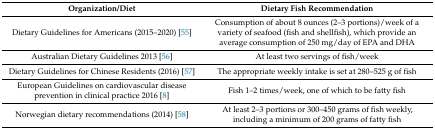
<table><thead><tr><td><b>Organization/Diet</b></td><td><b>Dietary Fish Recommendation</b></td></tr></thead><tbody><tr><td>Dietary Guidelines for Americans (2015–2020) [55]</td><td>Consumption of about 8 ounces (2–3 portions)/week of a variety of seafood (fish and shellfish), which provide an average consumption of 250 mg/day of EPA and DHA</td></tr><tr><td>Australian Dietary Guidelines 2013 [56]</td><td>At least two servings of fish/week</td></tr><tr><td>Dietary Guidelines for Chinese Residents (2016) [57]</td><td>The appropriate weekly intake is set at 280–525 g of fish</td></tr><tr><td>European Guidelines on cardiovascular disease prevention in clinical practice 2016 [8]</td><td>Fish 1–2 times/week, one of which to be fatty fish</td></tr><tr><td>Norwegian dietary recommendations (2014) [58] </td><td>At least 2–3 portions or 300–450 grams of fish weekly, including a minimum of 200 grams of fatty fish</td></tr></tbody></table>